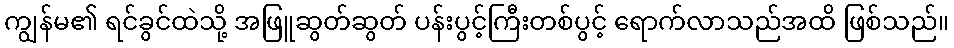
ကျွန်မ၏ ရင်ခွင်ထဲသို့ အဖြူဆွတ်ဆွတ် ပန်းပွင့်ကြီးတစ်ပွင့် ရောက်လာသည်အထိ ဖြစ်သည်။